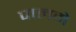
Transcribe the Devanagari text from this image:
पालमे